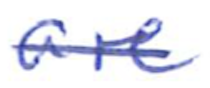
Text: are
Cross-out: single-line
Writing tool: ballpoint